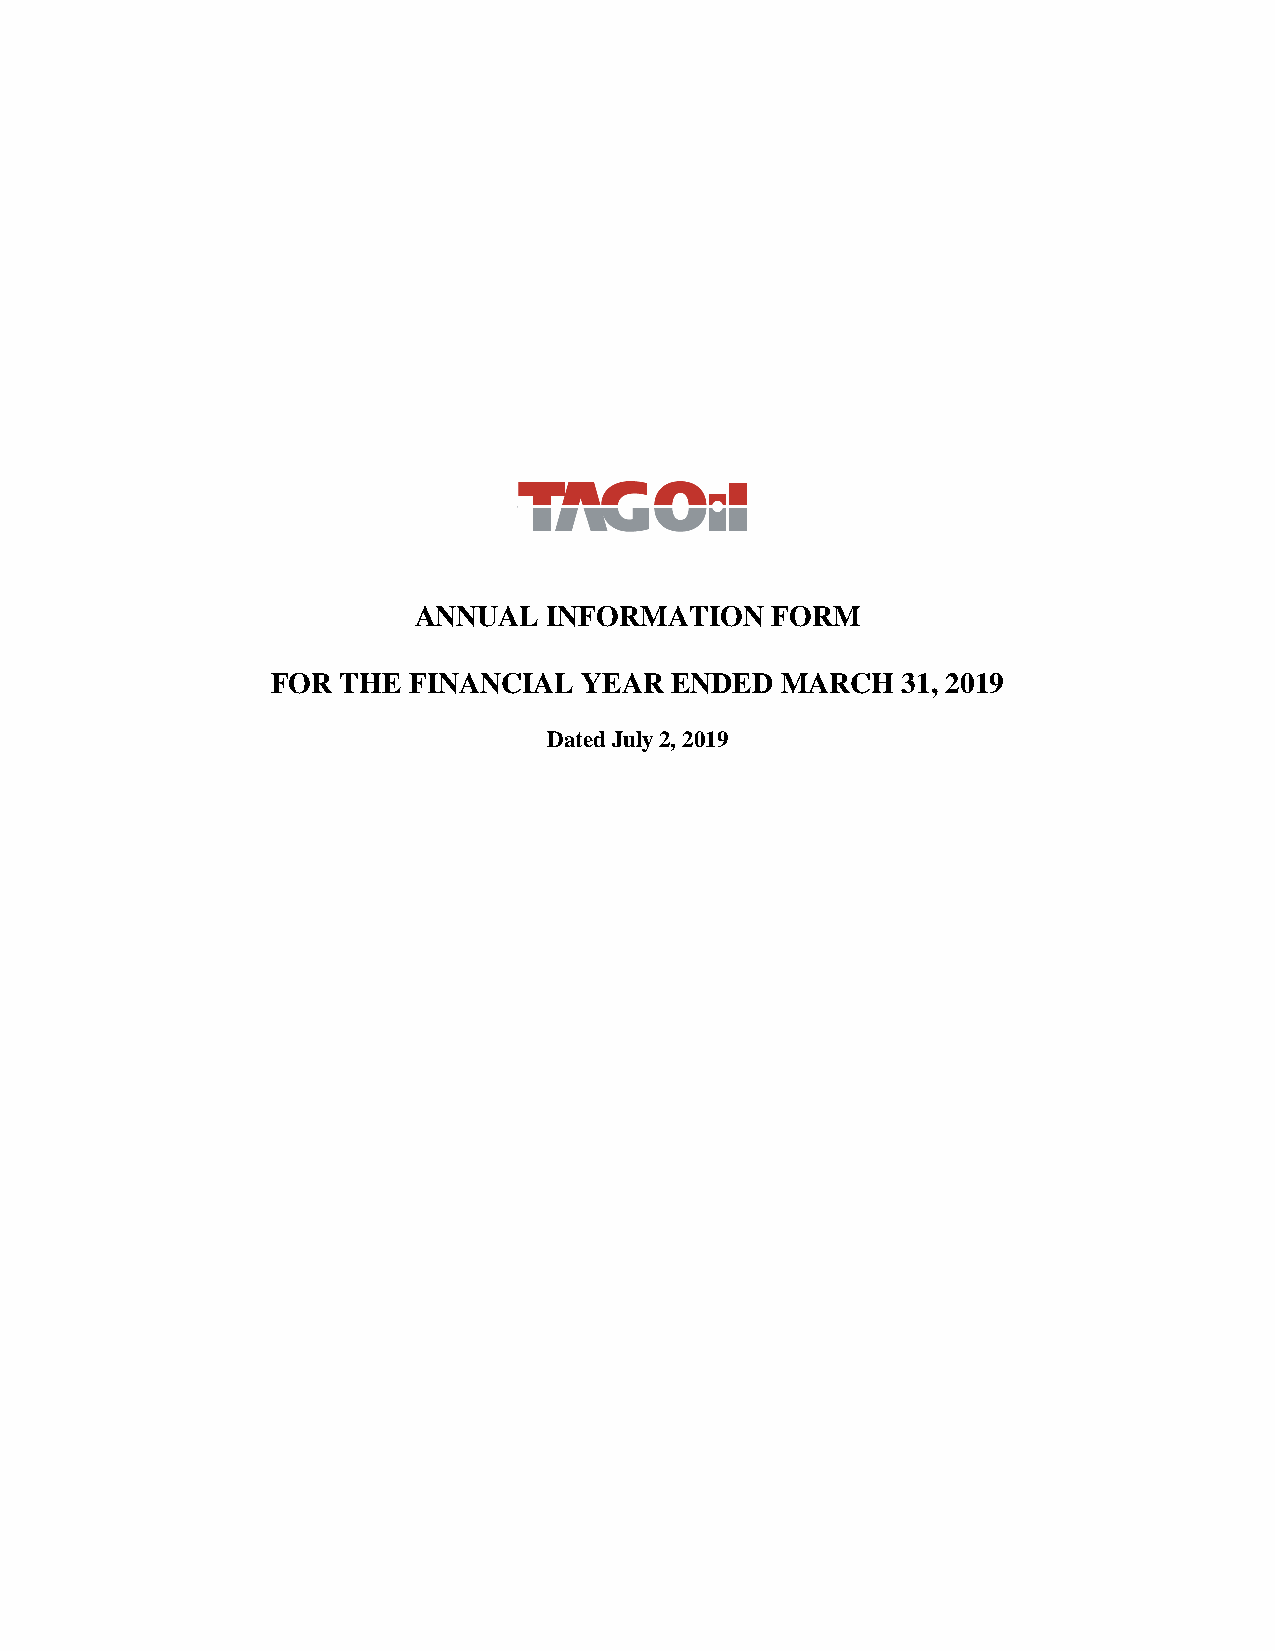
ANNUAL   INFORMATION    FORM
 FOR  THE FINANCIAL   YEAR ENDED   MARCH   31, 2019
 Dated July 2, 2019